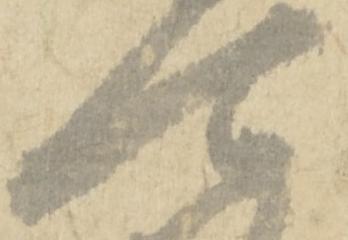
可